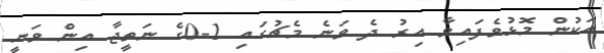
އަކުން މޮޅުވެފައިވާ އިރު ދެ ވަނެ މެޗުގައި 1-0ގެ ނަތީޖާ އިން ވަނީ